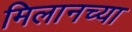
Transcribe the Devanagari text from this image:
मिलानच्या